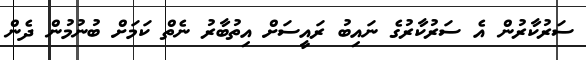
ސަރުކާރުން އެ ސަރުކާރުގެ ނައިބު ރައީސަށް އިތުބާރު ނެތް ކަމަށް ބުނުމުން ދެން